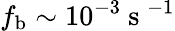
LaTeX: f_{\mathrm{b}}\sim 10^{-3}\mathrm{~s~}^{-1}